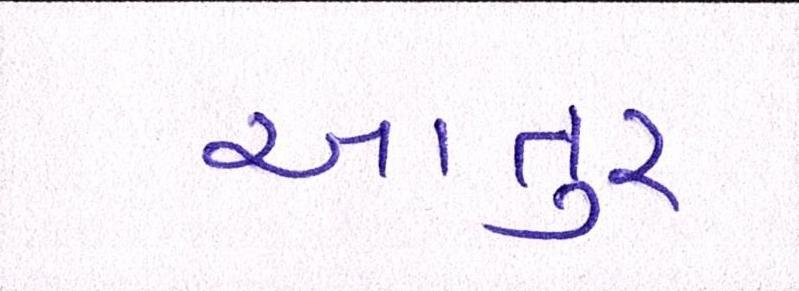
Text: આતુર